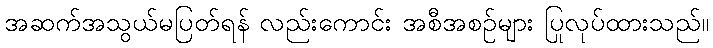
အဆက်အသွယ်မပြတ်ရန် လည်းကောင်း အစီအစဉ်များ ပြုလုပ်ထားသည်။